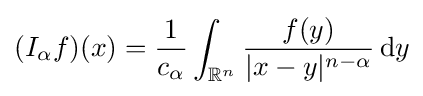
(I_{\alpha }f)(x)={\frac {1}{c_{\alpha }}}\int _{\mathbb {R} ^{n}}{\frac {f(y)}{|x-y|^{n-\alpha }}}\,\mathrm {d} y